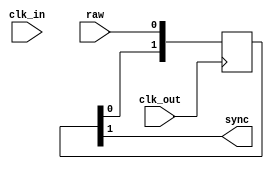
/*  This file is part of JT_FRAME.
    JTFRAME program is free software: you can redistribute it and/or modify
    it under the terms of the GNU General Public License as published by
    the Free Software Foundation, either version 3 of the License, or
    (at your option) any later version.

    JTFRAME program is distributed in the hope that it will be useful,
    but WITHOUT ANY WARRANTY; without even the implied warranty of
    MERCHANTABILITY or FITNESS FOR A PARTICULAR PURPOSE.  See the
    GNU General Public License for more details.

    You should have received a copy of the GNU General Public License
    along with JTFRAME.  If not, see <http://www.gnu.org/licenses/>.

    Author: Jose Tejada Gomez. Twitter: @topapate
    Version: 1.0
    Date: 6-9-2021 */

// Enable the LATCHIN parameter if the raw input comes
// from combinational logic

module jtframe_sync #( parameter
    W=1,        // input signal bit width
    LATCHIN=0,  // latch the input signal with the input clock
    SW =2,      // Number of synchronizing stages
    AND=0       // Adds one more bit to the shift register and
                // the output only goes high if the last two bits
                // were high.
)(
    input   clk_in,
    input   clk_out,
    input   [W-1:0] raw,
    output  [W-1:0] sync
);

localparam EW = SW + AND[0];

`ifdef SIMULATION
initial begin
    if( SW<2 ) begin $display("%m SW cannot be less than 2"); $finish; end
end
`endif

reg  [W-1:0] latched;
wire [W-1:0] eff;

always @(posedge clk_in) latched <= raw;
assign eff = LATCHIN ? latched : raw;

generate
    genvar i;
    for( i=0; i<W; i=i+1 ) begin : synchronizer
        reg [EW-1:0] s;
        assign sync[i] = AND ? &s[EW-1:EW-2] : s[EW-1];

        always @(posedge clk_out) begin
            s    <= s << 1; // two step assignment to avoid
            s[0] <= eff[i]; // warnings and errors in some tools
        end
    end
endgenerate

endmodule

module jtframe_sync_cen #(parameter W=1, LATCHIN=0)(
    input   clk_in,
    input   clk_out,
    input   cen,
    input   [W-1:0] raw,
    output  [W-1:0] sync
);

reg  [W-1:0] latched;
wire [W-1:0] eff;

always @(posedge clk_in) if(cen) latched <= raw;
assign eff = LATCHIN ? latched : raw;

generate
    genvar i;
    for( i=0; i<W; i=i+1 ) begin : synchronizer
        reg [1:0] s;
        assign sync[i] = s[1];

        always @(posedge clk_out) begin
            s <= { s[0], eff[i] };
        end
    end
endgenerate

endmodule